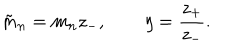
LaTeX: \tilde { m } _ { n } = m _ { n } z _ { - } , \quad \quad \eta = { \frac { z _ { + } } { z _ { - } } } .